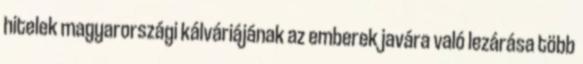
hitelek magyarországi kálváriájának az emberek javára való lezárása több